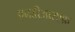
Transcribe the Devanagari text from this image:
एनडीआरएफ़